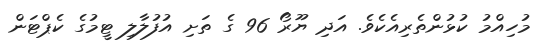
މުހިއްމު ކުޅުންތެރިއެކެވެ. އަދި ޔޫރޯ 96 ގެ ތަށި އުފުލާލި ޓީމުގެ ކެޕްޓަން